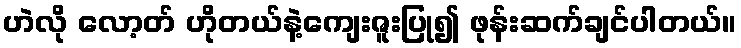
ဟဲလို လော့တ် ဟိုတယ်နဲ့ကျေးဇူးပြု၍ ဖုန်းဆက်ချင်ပါတယ်။